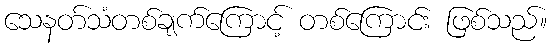
သေနတ်သံတစ်ချက်ကြောင့် တစ်ကြောင်း ဖြစ်သည်။